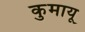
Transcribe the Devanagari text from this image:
कुमायू